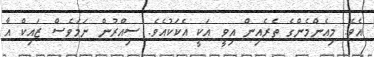
އެވެ. މިއެންމެންގެ ތެރެއިން އިވީ އަކީ އެކަކުއެވެ. ސިއްރުން ނަމަވެސް ޒައިކް އާ